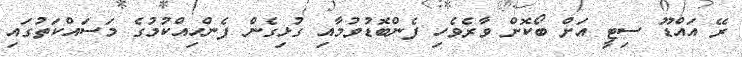
ރޭ އައްޑޫ ސިޓީ އަށް ބޯކޮށް ވާރެވެހި ފެންބޮޑުވުމާއި ގުޅިގެން ފެންހިއްކުމުގެ މަސައްކަތުގައި